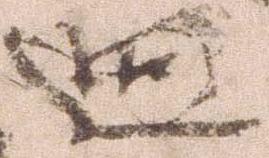
廻